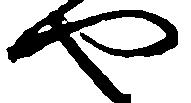
や